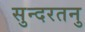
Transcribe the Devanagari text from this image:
सुन्दरतनु